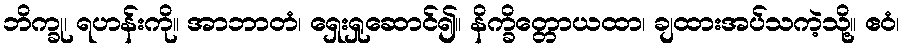
ဘိက္ခု၊ ရဟန်းကို။ အာဘာတံ၊ ရှေးရှုဆောင်၍။ နိက္ခိတ္တောယထာ၊ ချထားအပ်သကဲ့သို့။ ဧဝံ၊